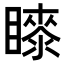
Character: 𭿤